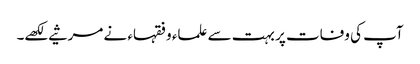
آپ کی وفات پر بہت سے علماء و فقہاء نے مرثیے لکھے۔